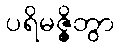
ပရိမဇ္ဇိတွာ